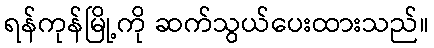
ရန်ကုန်မြို့ကို ဆက်သွယ်ပေးထားသည်။